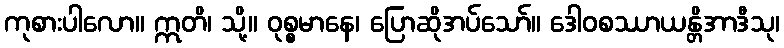
ကုစားပါလော။ ဣတိ၊ သို့။ ဝုစ္စမာနေ၊ ပြောဆိုအပ်သော်။ ဒေါဝစဿာယန္တိအာဒီသု၊